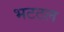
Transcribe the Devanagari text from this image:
भटटल